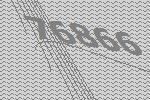
76866